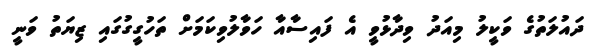
ދައުލަތުގެ ވަކީލު މިއަދު ވިދާޅުވީ އެ ފައިސާއާ ހަވާލުވިކަމަށް ތަހުގީގުގައި ޒިޔަތު ވަނީ